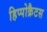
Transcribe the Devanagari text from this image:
हिप्पोक्रैटस